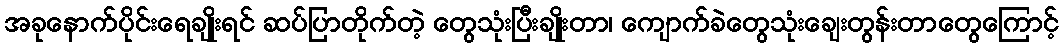
အခုနောက်ပိုင်းရေချိုးရင် ဆပ်ပြာတိုက်တဲ့ တွေသုံးပြီးချိုးတာ၊ ကျောက်ခဲတွေသုံးချေးတွန်းတာတွေကြောင့်